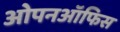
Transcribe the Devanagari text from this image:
ओपनऑफिस